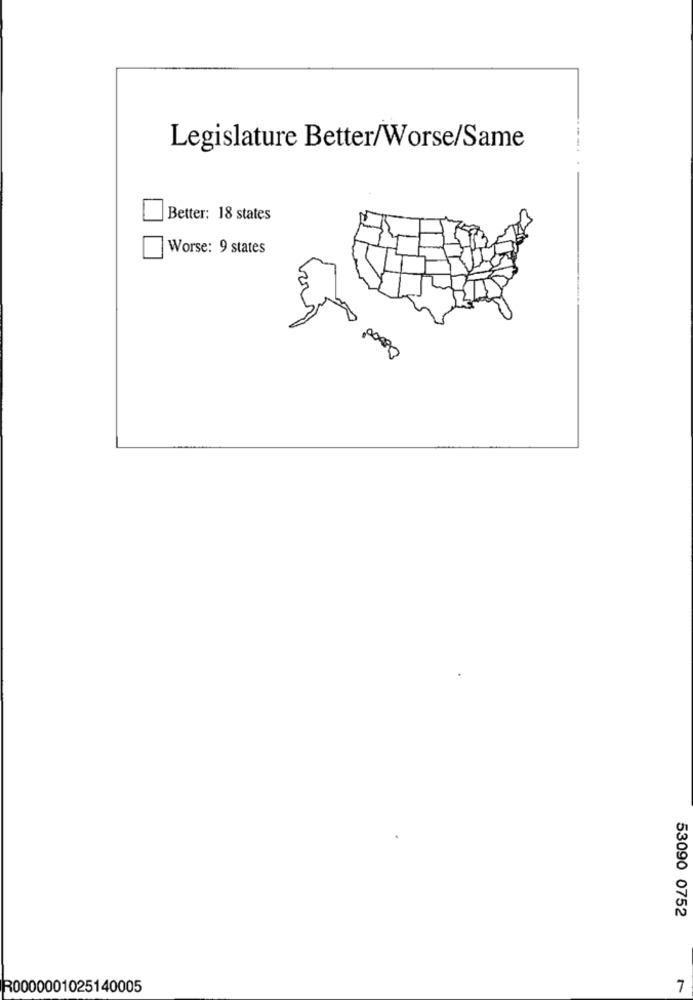
Legislature Better/Worse/Same
Better: 18 states
Worse: 9 states
53090 0752
R0000001025140005
7